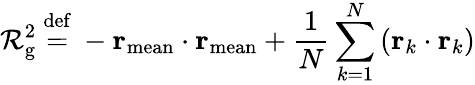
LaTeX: \mathcal{R}_{\mathrm{{g}}}^{2}\ {\stackrel{\mathrm{{def}}}{=}}\ -\mathbf{{r}}_{\mathrm{{mean}}}\cdot\mathbf{{r}}_{\mathrm{{mean}}}+{\frac{{1}}{{N}}}\sum_{k=1}^{N}\left(\mathbf{{r}}_{k}\cdot\mathbf{{r}}_{k}\right)